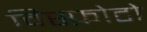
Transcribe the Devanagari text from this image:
विस्फ़ोटो